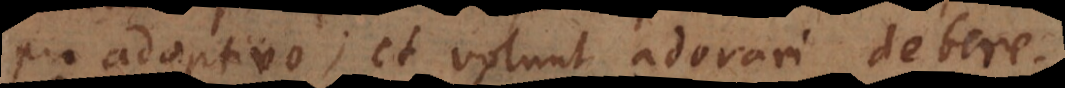
pro adoptivo; et volunt adorari debere.